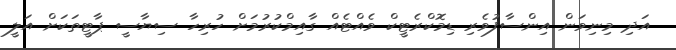
އަދި މިިނިވަން އިންސާފުވެރި ޑިމޮކްރެޓީކް ވެއްޓެއް ގާއިމްކުރުމަށް ހުރިހާ ސިޔާސީ ޕާޓީތަކަށް އަލީ